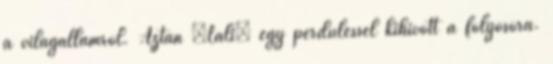
a világállamról. Aztán „Lali” egy perdüléssel kihívott a folyosóra.